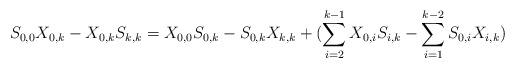
LaTeX: \begin{align*} S_{0,0}X_{0,k}-X_{0,k}S_{k,k}=X_{0,0}S_{0,k}-S_{0,k}X_{k,k}+(\sum\limits_{i=2}^{k-1}X_{0,i}S_{i,k}-\sum\limits_{i=1}^{k-2}S_{0,i}X_{i,k}) \end{align*}